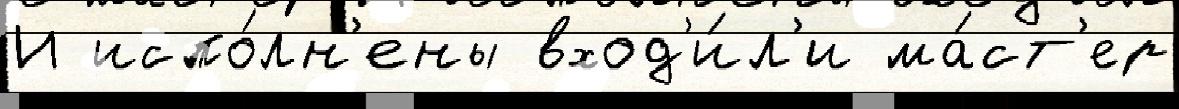
И испо́лн'ены вход'и́л'и ма́ст'ер